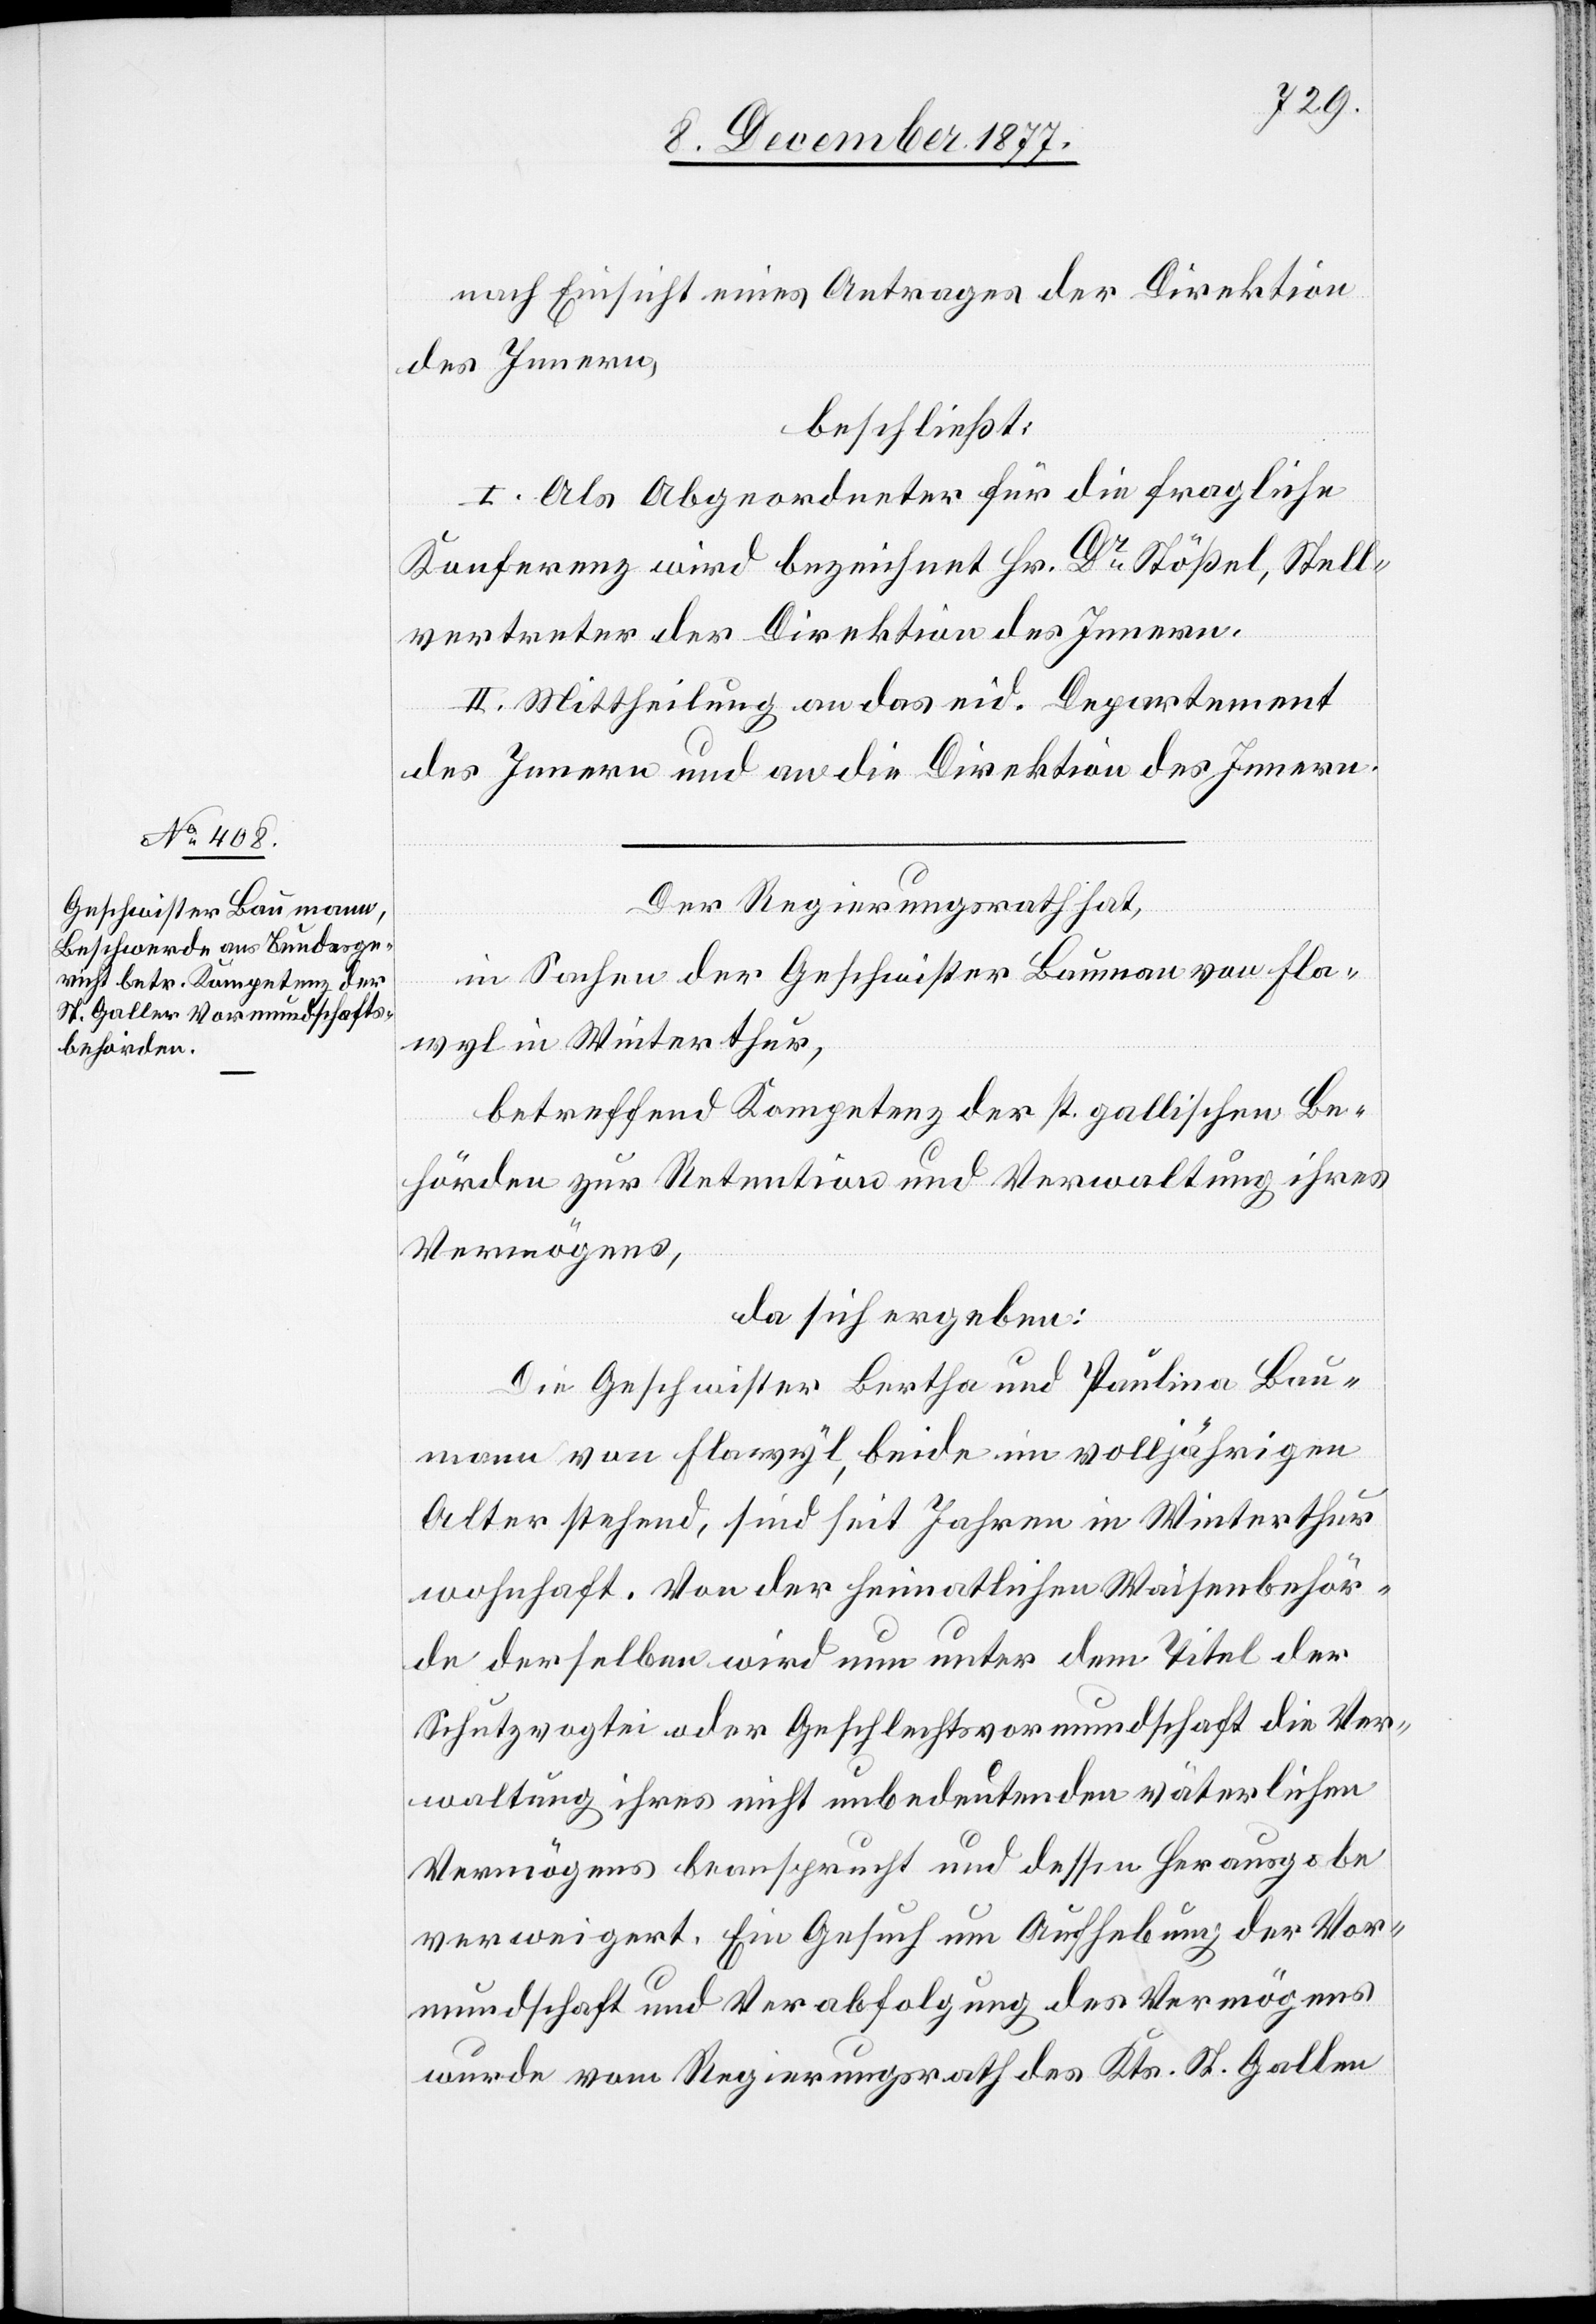
nach Einsicht eines Antrages der Direktion
des Innern,
beschließt:
I. Als Abgeordneter für die fragliche
Konferenz wird bezeichnet Hr. Dr Stößel, Stell¬
vertreter der Direktion des Innern.
II. Mittheilung an das eid. Departement
des Innern und an die Direktion des Innern.
Der Regierungsrath hat,
in Sachen der Geschwister Bauman [sic!] von Fla¬
wyl in Winterthur,
betreffend Kompetenz der st. gallischen Be¬
hörden zur Retention und Verwaltung ihres
Vermögens,
da sich ergeben:
Die Geschwister Bertha und Paulina Bau¬
mann von Flawyl, beide im volljährigen
Alter stehend, sind seit Jahren in Winterthur
wohnhaft. Von der heimatlichen Waisenbehör¬
de derselben wird nun unter dem Titel der
Schutzvogtei oder Geschlechtsvormundschaft die Ver¬
waltung ihres nicht unbedeutenden väterlichen
Vermögens beansprucht und dessen Herausgabe
verweigert. Ein Gesuch um Aufhebung der Vor¬
mundschaft und Verabfolgung des Vermögens
wurde vom Regierungsrath des Kts. St. Gallen